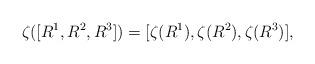
LaTeX: \begin{align*}\zeta([R^{1},R^{2},R^{3}])= [\zeta(R^{1}),\zeta(R^{2}),\zeta(R^{3})],\end{align*}